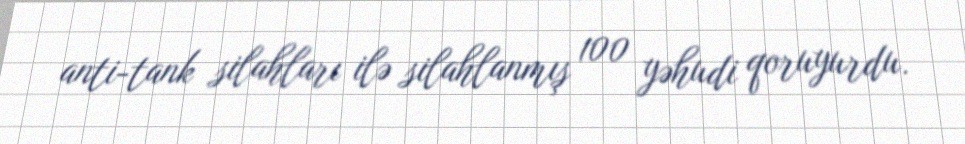
anti-tank silahları ilə silahlanmış 100 yəhudi qoruyurdu.